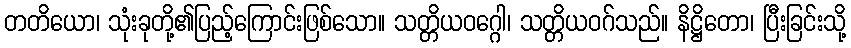
တတိယော၊ သုံးခုတို့၏ပြည့်ကြောင်းဖြစ်သော။ သတ္တိယဝဂ္ဂေါ၊ သတ္တိယဝဂ်သည်။ နိဋ္ဌိတော၊ ပြီးခြင်းသို့